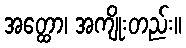
အတ္ထော၊ အကျိုးတည်း။